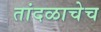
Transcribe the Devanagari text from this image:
तांदळाचेच